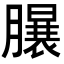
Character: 𣎦